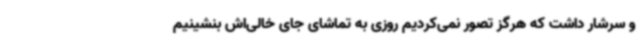
و سرشار داشت که هرگز تصور نمی‌کردیم روزی به تماشای جای خالی‌اش بنشینیم